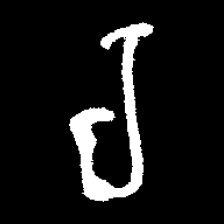
Pyu character \u2014 Myanmar letter: ရ (romanized: ra)